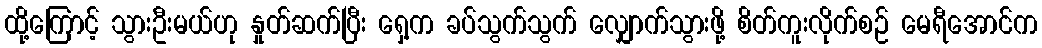
ထို့ကြောင့် သွားဦးမယ်ဟု နှုတ်ဆက်ပြီး ရှေ့က ခပ်သွက်သွက် လျှောက်သွားဖို့ စိတ်ကူးလိုက်စဉ် မေရီအောင်က